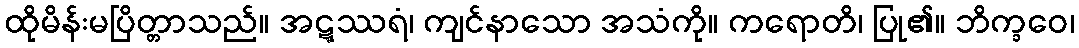
ထိုမိန်းမပြိတ္တာသည်။ အဋ္ဋဿရံ၊ ကျင်နာသော အသံကို။ ကရောတိ၊ ပြု၏။ ဘိက္ခဝေ၊